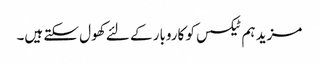
مزید ہم ٹیکسس کو کاروبار کے لئے کھول سکتے ہیں۔